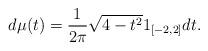
LaTeX: \begin{align*}d\mu(t) = \frac{1}{2\pi}\sqrt{4-t^2}1_{[-2,2]}dt. \end{align*}